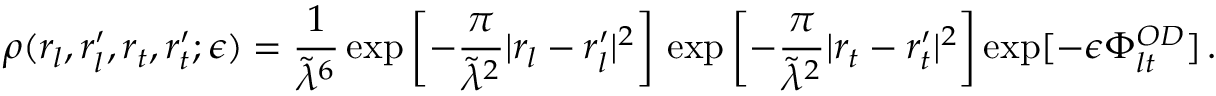
\rho ( r _ { l } , r _ { l } ^ { \prime } , r _ { t } , r _ { t } ^ { \prime } ; \epsilon ) = \frac { 1 } { \tilde { \lambda } ^ { 6 } } \exp \left[ - \frac { \pi } { \tilde { \lambda } ^ { 2 } } | r _ { l } - r _ { l } ^ { \prime } | ^ { 2 } \right] \, \exp \left[ - \frac { \pi } { \tilde { \lambda } ^ { 2 } } | r _ { t } - r _ { t } ^ { \prime } | ^ { 2 } \right] \exp [ - \epsilon \Phi _ { l t } ^ { O D } ] \, .